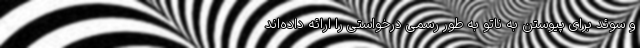
و سوئد برای پیوستن به ناتو به طور رسمی درخواستی را ارائه داده‌اند